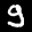
Label: 9